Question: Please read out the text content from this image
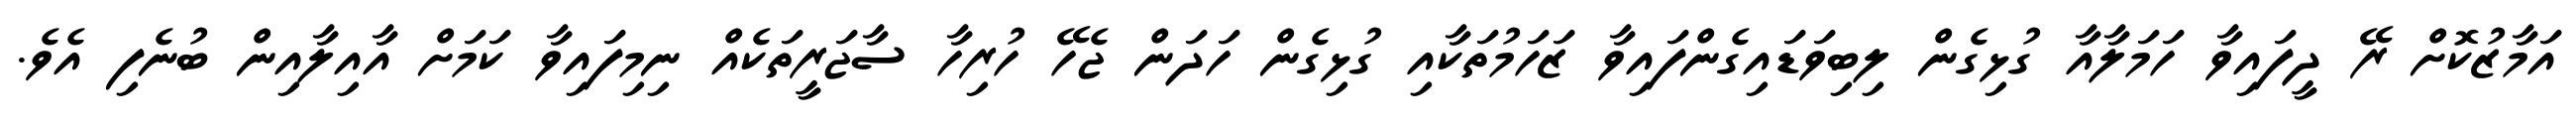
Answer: އަމާޒުކޮށް ރޭ ދީފައިވާ ހަމަލާއާ ގުޅިގެން ލިބިވަޑައިގެންފައިވާ ޒަހަމުތަކާއި ގުޅިގެން ހަދަން ޖެހޭ ހުރިހާ ސާޖަރީތަކެއް ނިމިފައިވާ ކަމަށް އާއިލާއިން ބުނެފި އެވެ.